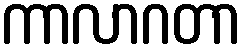
ကာလာဂတာ